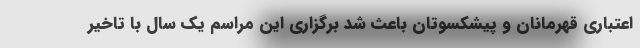
اعتباری قهرمانان و پیشکسوتان باعث شد برگزاری این مراسم یک سال با تاخیر